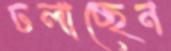
ঢলাচ্ছেন